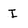
Character: I